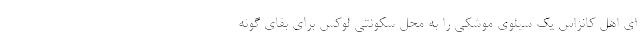
ای اهل کانزاس یک سیلوی موشکی را به محل سکونتی لوکس برای بقای گونه